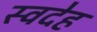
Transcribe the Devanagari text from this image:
स्वदेह